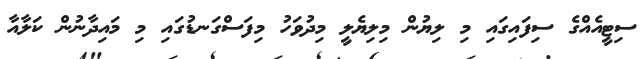
ސިޓީއެއްގެ ސިފައިގައި މި ލިޔުން މިލިޔެލީ މިދުވަހު މިފަސްގަނޑުގައި މި މައިދާނުން ކަލާއާ